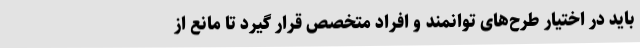
باید در اختیار طرح‌های توانمند و افراد متخصص قرار گیرد تا مانع از